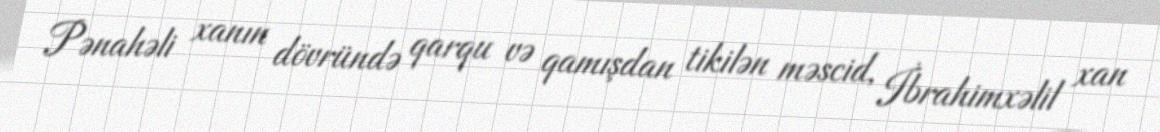
Pənahəli xanın dövründə qarqu və qamışdan tikilən məscid, İbrahimxəlil xan